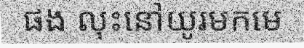
ផង លុះនៅយូរមកមេ